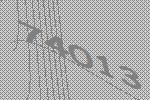
74013